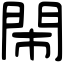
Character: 閙